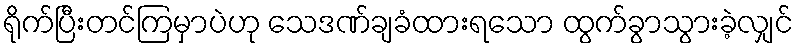
ရိုက်ပြီးတင်ကြမှာပဲဟု သေဒဏ်ချခံထားရသော ထွက်ခွာသွားခဲ့လျှင်